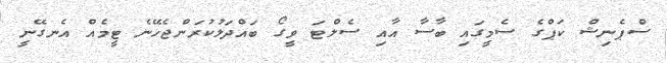
ސްޕެނިޝް ކަޕްގެ ސެމީގައި ބާސާ އާއި ސެލްޓަ ވީގޯ ބައްދަލުކުރަންޖެހޭނެ ޓީމެއް އެނގޭނީ